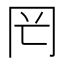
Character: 𠕏